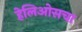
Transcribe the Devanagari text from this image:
हेलिओसचा